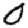
Digit: 0